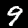
Digit: 9